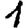
Digit: 1